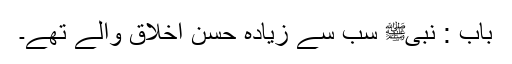
باب : نبیﷺ سب سے زیادہ حسن اخلاق والے تھے۔